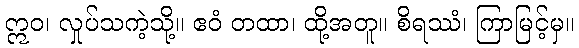
ဣဝ၊ လှုပ်သကဲ့သို့။ ဧဝံ တထာ၊ ထို့အတူ။ စိရဿံ၊ ကြာမြင့်မှ။